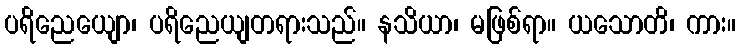
ပရိညေယျော၊ ပရိညေယျတရားသည်။ နသိယာ၊ မဖြစ်ရာ။ ယသောတိ၊ ကား။